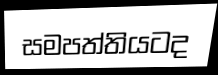
සමපත්තියටද